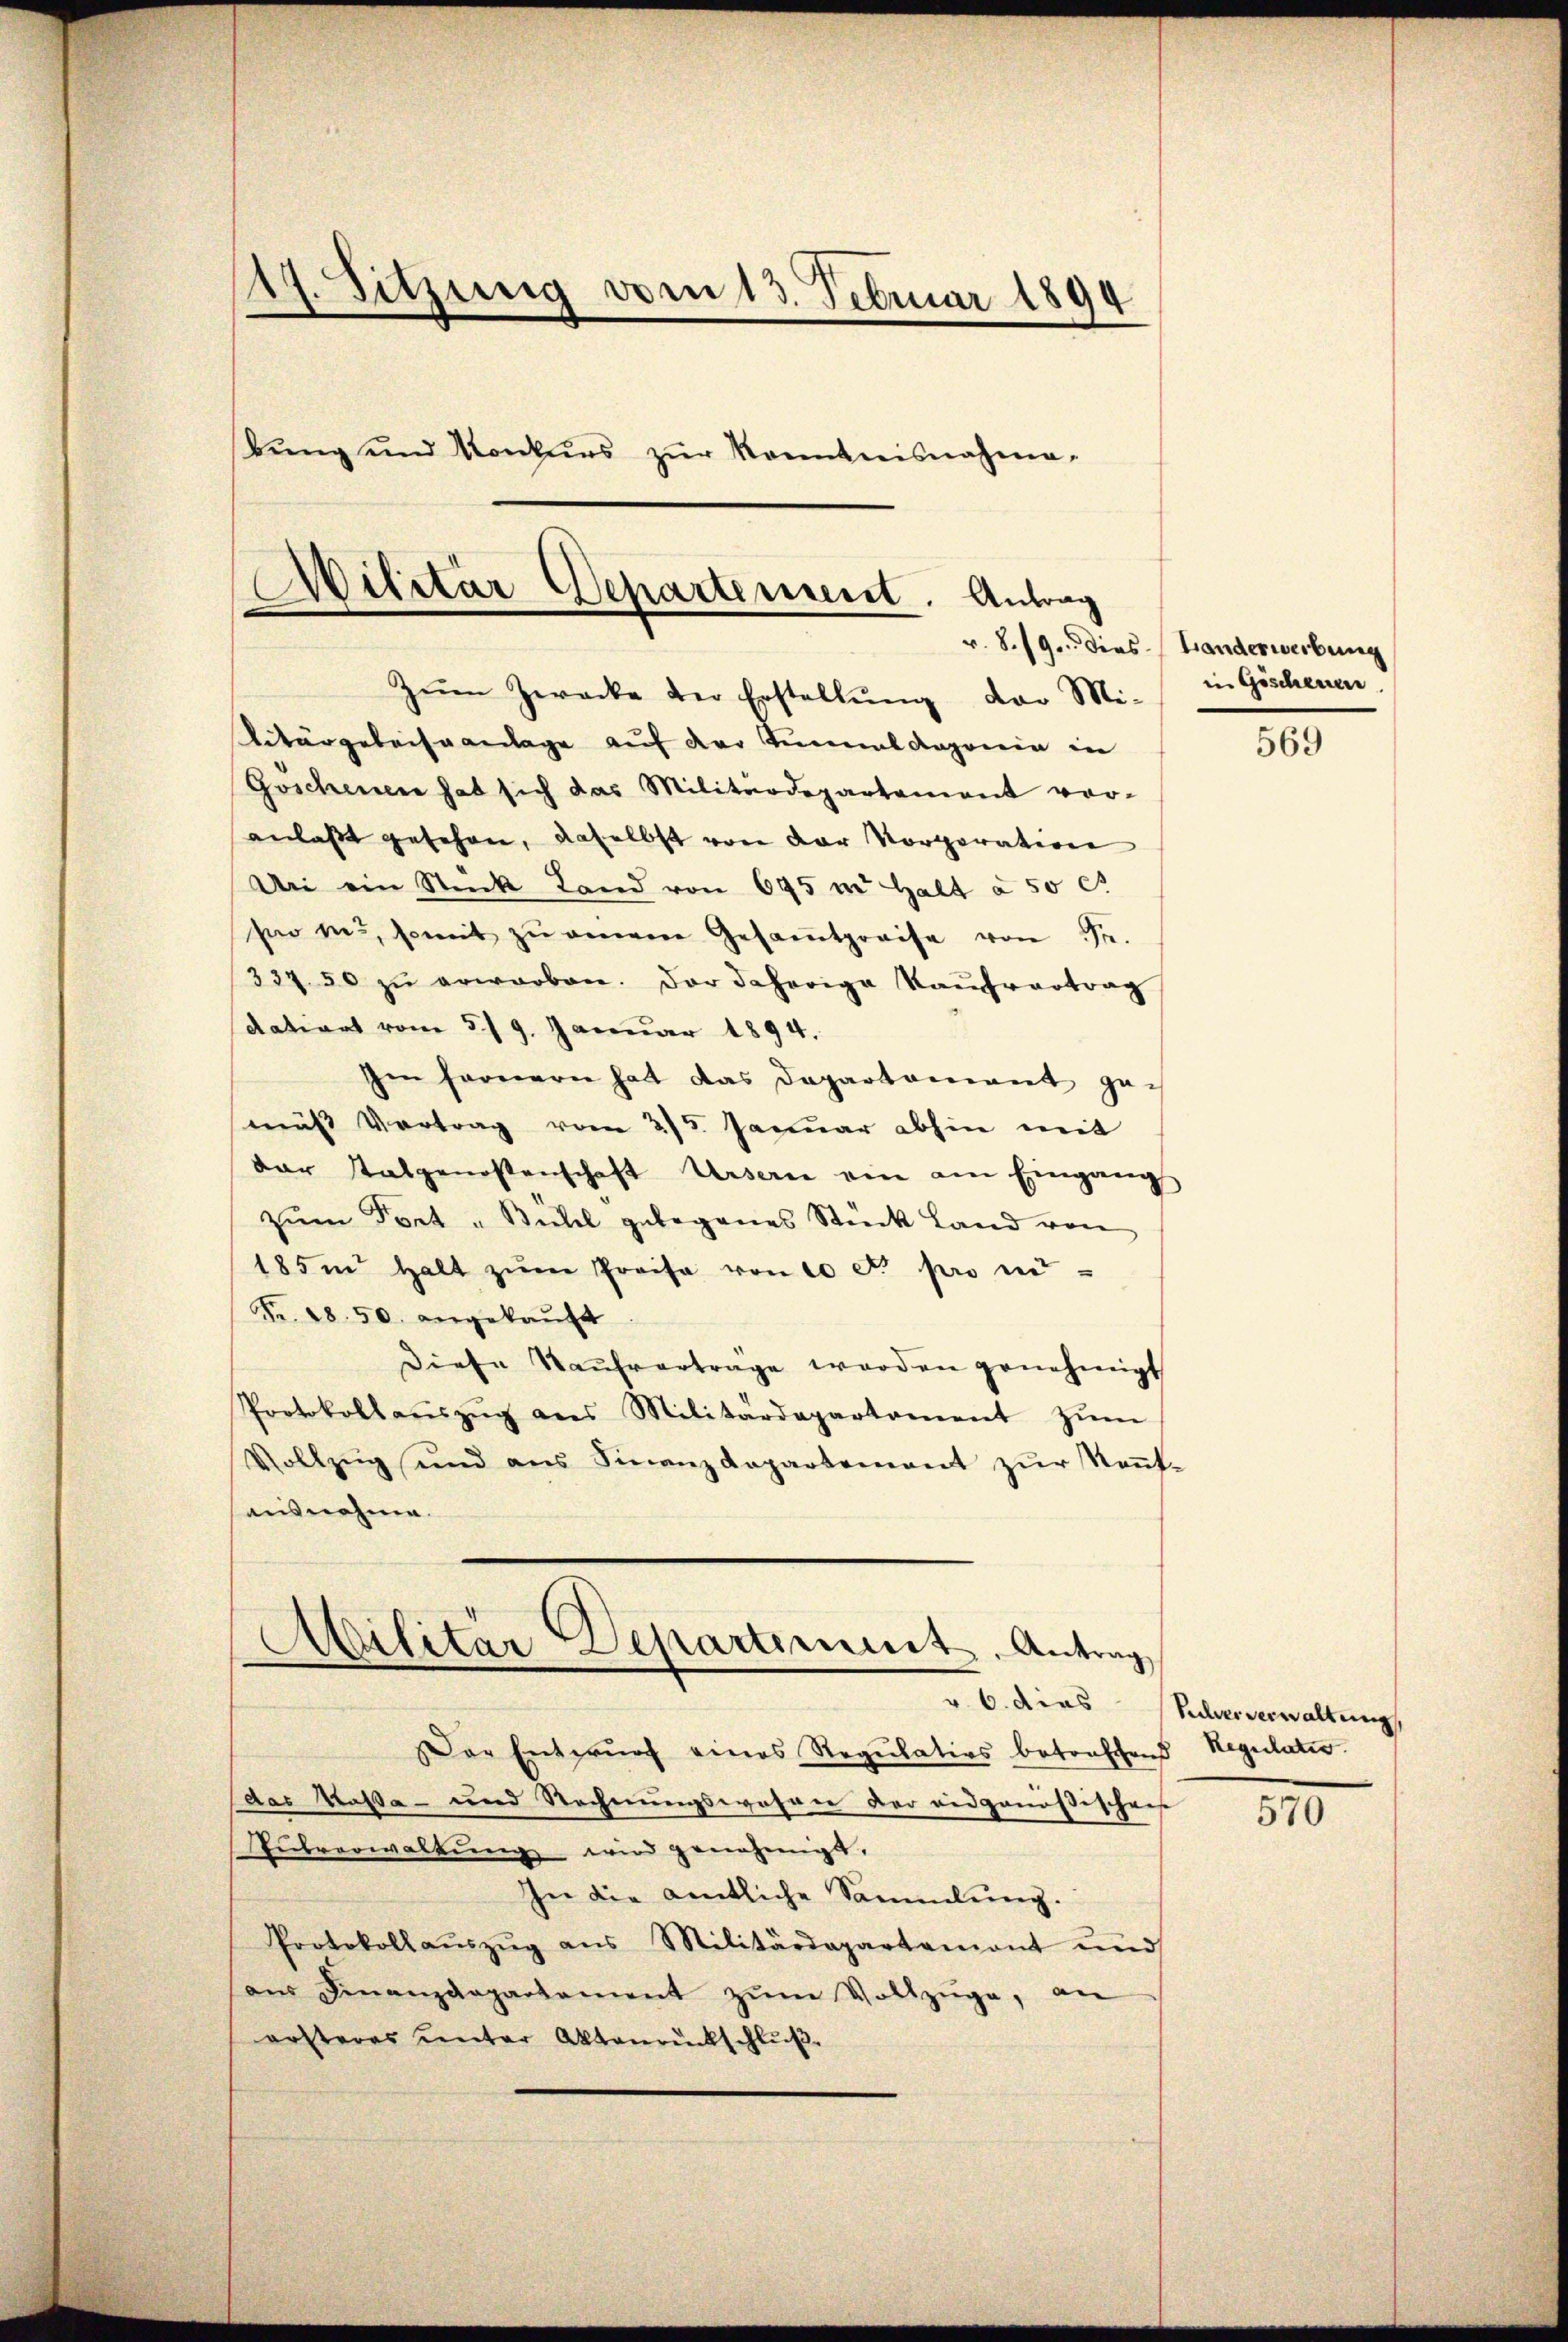
117. Sitzung vom 13. Februar 1894
bung und Konkurs zŭr Kenntnisnahme-
Wilitar Departement. Antrag
d

Zŭm Zwecke der Erstellŭng der Mi-
Liturgeleiseanlage auf der Kanal daherein in
Goschenen hat sich das Militärdepartament vor-
anlaßt gesehen, daselbst von der Korporation
Uri ein Stück Land von 645 m Halt à 50 ct
sio in somit zŭ einem Gesamtpreise von Sr.
33750 zŭ erwarben. Der daherige Kaŭfvertrag
datiert vom 5. 9. Januar 1894.
Im fernern hat das Departement gemäß Vertrag vom 25. Januar abhin mit
der Stalgenossenschaft Urserne ein am Eingangs
zŭm Fort „Bühl gelegenes Stück Land von
185m halt zŭm Preise von 10 et pro mi
Fr. 28. 50. angekauft
Diese Kaŭfverträge werden genehmigt
Protokollaŭszŭg ans Militärdepartement zŭm
Vollzŭg und ans Finanzdepartement zŭr Keṅt-
ausnahme.

Der Entwurf eines Regulativs betonschend Regulatio
das Kassa- und Rechnungswahre der eidgenößischens
Futverwaltung wird genehmigt,
In die amtliche Sammlung.
Protokollaŭszŭg ans Militärdepartamant und
ans Finanzdepartement zŭm Vollzüge, an
ersteres unter Aktenrückschlŭβ

Abilitar Departiment. Antrag

v. 8. 19. Dies Handerwerbung
in Göschenen.

569

v. 6. dies Sederverwaltung,

570